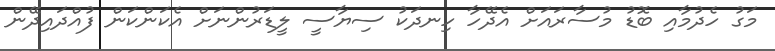
މަގު ހެދުމާއި ބޮޑު މުސާރައަށް އެދޭހާ ހިނދަކު ސިޔާސީ ލީޑަރުންނަށް އެކަންކަން ފުއްދައިދޭން